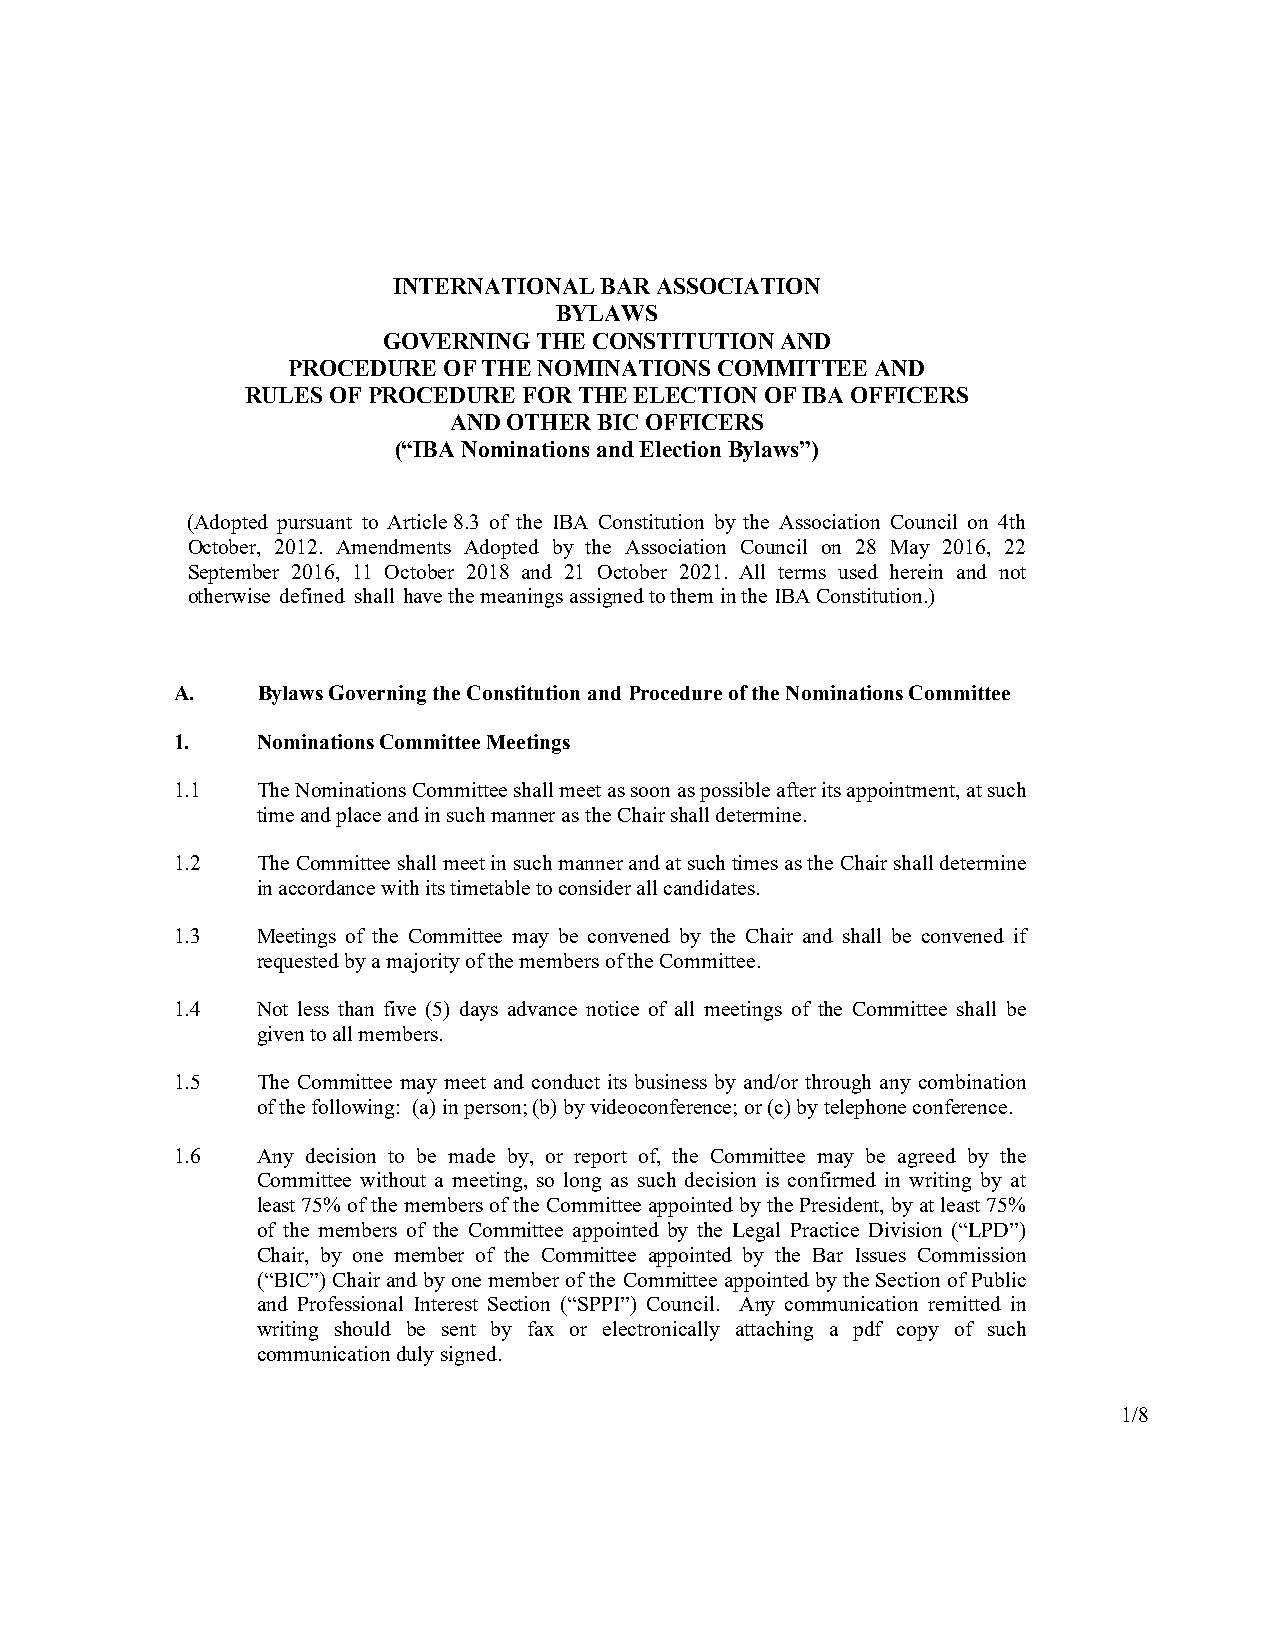
INTERNATIONAL BAR ASSOCIATION
 BYLAWS
 GOVERNING THE CONSTITUTION AND
 PROCEDURE OF THE NOMINATIONS COMMITTEE AND
 RULES OF PROCEDURE FOR THE ELECTION OF IBA OFFICERS
 AND OTHER BIC OFFICERS
 (“IBA Nominations and Election Bylaws”)
 (Adopted pursuant to Article 8.3 of the IBA Constitution by the Association Council on 4th
 October, 2012. Amendments Adopted by the Association Council on 28 May 2016, 22
 September 2016, 11 October 2018 and 21 October 2021. All terms used herein and not
 otherwise defined shall have the meanings assigned to them in the IBA Constitution.)
 A.    Bylaws Governing the Constitution and Procedure of the Nominations Committee
 1.    Nominations Committee Meetings
 1.1   The Nominations Committee shall meet as soon as possible after its appointment, at such
 time and place and in such manner as the Chair shall determine.
 1.2   The Committee shall meet in such manner and at such times as the Chair shall determine
 in accordance with its timetable to consider all candidates.
 1.3   Meetings of the Committee may be convened by the Chair and shall be convened if
 requested by a majority of the members of the Committee.
 1.4   Not less than five (5) days advance notice of all meetings of the Committee shall be
 given to all members.
 1.5   The Committee may meet and conduct its business by and/or through any combination
 of the following: (a) in person; (b) by videoconference; or (c) by telephone conference.
 1.6   Any decision to be made by, or report of, the Committee may be agreed by the
 Committee without a meeting, so long as such decision is confirmed in writing by at
 least 75% of the members of the Committee appointed by the President, by at least 75%
 of the members of the Committee appointed by the Legal Practice Division (“LPD”)
 Chair, by one member of the Committee appointed by the Bar Issues Commission
 (“BIC”) Chair and by one member of the Committee appointed by the Section of Public
 and Professional Interest Section (“SPPI”) Council. Any communication remitted in
 writing should be sent by fax or electronically attaching a pdf copy of such
 communication duly signed.
 1/8